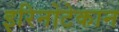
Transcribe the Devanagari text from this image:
इरिनोटेकान